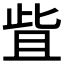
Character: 𬅿